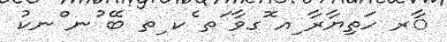
ާރ ހަތިޔާރާ ިއ ޮގވާ ަތ ެކ ިތ ބޭ ުނ ްނކު